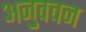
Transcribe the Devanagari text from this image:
अनुवचन